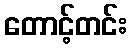
တောင့်တင်း